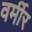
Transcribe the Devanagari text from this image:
वर्मीर